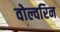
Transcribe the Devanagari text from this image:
वोल्वरिन